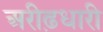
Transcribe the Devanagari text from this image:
अरीढ़धारी